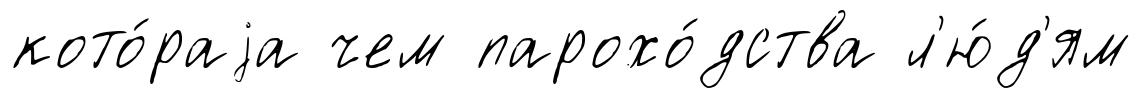
кото́раjа чем парохо́дства л'ю́д'ям